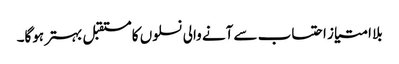
بلا امتیاز احتساب سے آنے والی نسلوں کا مستقبل بہتر ہوگا۔